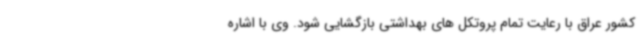
کشور عراق با رعایت تمام پروتکل های بهداشتی بازگشایی شود. وی با اشاره